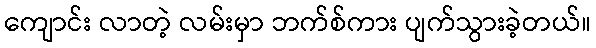
ကျောင်း လာတဲ့ လမ်းမှာ ဘက်စ်ကား ပျက်သွားခဲ့တယ်။